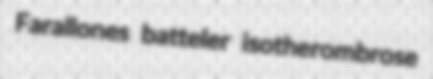
Farallones batteler isotherombrose